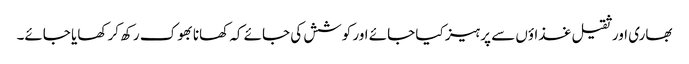
بھاری اور ثقیل غذاؤں سے پرہیز کیا جائے اور کوشش کی جائے کہ کھانا بھوک رکھ کر کھایا جائے۔